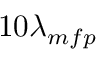
1 0 \lambda _ { m f p }